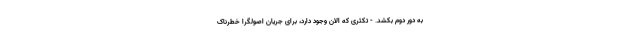
به دور دوم بکشد. - تکثری که الان وجود دارد، برای جریان اصولگرا خطرناک